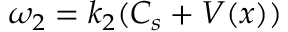
\omega _ { 2 } = k _ { 2 } ( C _ { s } + V ( x ) )